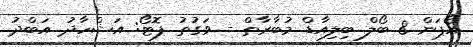
އޯޕަން 8 ބޯލް ބިލިއާޑް މުބާރާތް - ވަގުތު ފޮޓޯ: އަޝްހާދު އަބްދު